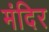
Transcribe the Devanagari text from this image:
मंदिर